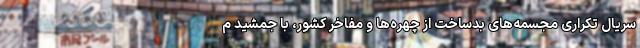
سریال تکراری مجسمه‌های بدساخت از چهره‌ها و مفاخر کشور، با جمشید م